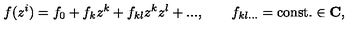
f ( z ^ { i } ) = f _ { 0 } + f _ { k } z ^ { k } + f _ { k l } z ^ { k } z ^ { l } + . . . , \qquad f _ { k l . . . } = \mathrm { c o n s t . } \in { \bf C } ,